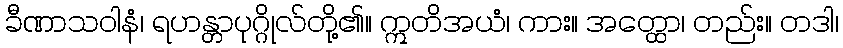
ခီဏာသဝါနံ၊ ရဟန္တာပုဂ္ဂိုလ်တို့၏။ ဣတိအယံ၊ ကား။ အတ္ထော၊ တည်း။ တဒါ၊